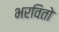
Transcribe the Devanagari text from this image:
भरवितो